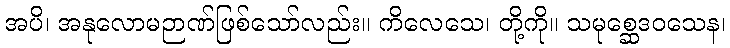
အပိ၊ အနုလောမဉာဏ်ဖြစ်သော်လည်း။ ကိလေသေ၊ တို့ကို။ သမုစ္ဆေဒဝသေန၊